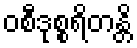
ဝစီဒုစ္စရိတန္တိ